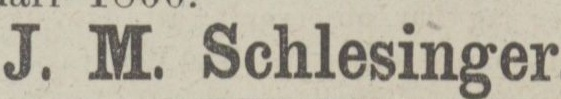
(122)    J. M. Schlesinger.